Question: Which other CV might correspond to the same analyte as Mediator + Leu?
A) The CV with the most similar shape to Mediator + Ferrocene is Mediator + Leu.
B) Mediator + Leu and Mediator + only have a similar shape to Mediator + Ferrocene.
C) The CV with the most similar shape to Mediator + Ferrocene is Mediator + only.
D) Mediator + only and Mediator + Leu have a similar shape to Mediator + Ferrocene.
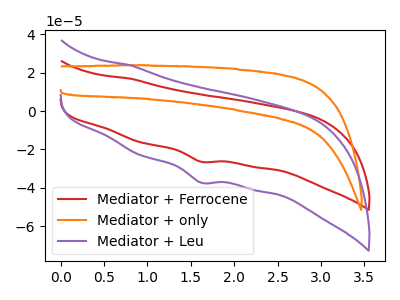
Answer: <think>The red curve "Mediator + Ferrocene" has a cathodic peak at: (1.60V, -26.45uA). The orange curve "Mediator + only" has no peaks. The purple curve "Mediator + Leu" has a cathodic peak at: (1.60V, -37.35uA).
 "Mediator + Ferrocene" and "Mediator + only" have a different number of peaks. All the peaks in "Mediator + Ferrocene" have a peak in "Mediator + Leu" at the same potential. Every peak in "Mediator + Ferrocene" is lower than every peak in "Mediator + Leu". "Mediator + only" and "Mediator + Leu" have a different number of peaks.</think>
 <answer>A) The CV with the most similar shape to "Mediator + Ferrocene" is "Mediator + Leu".</answer>
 <eval>A</eval>